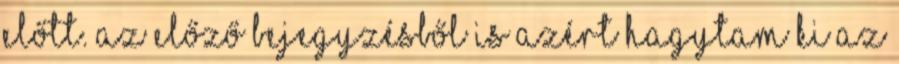
előtt. Az előző bejegyzésből is azért hagytam ki az